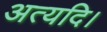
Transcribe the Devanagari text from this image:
अत्यदि।